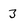
Character: 3